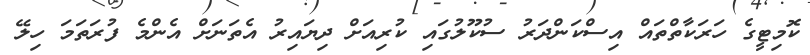
ކޮމިޓީގެ ހަރަކާތްތައް އިސްކަންދަރު ސުކޫލުގައި ކުރިއަށް ދިޔައިރު އެތަނަށް އެންމެ ފުރަތަމަ ހިލޭ